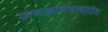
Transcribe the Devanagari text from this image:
फालाक्रोकोराक्वाइडिया